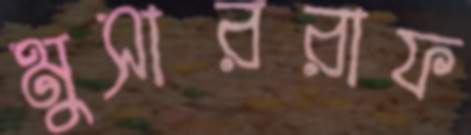
মুসাররাফ